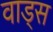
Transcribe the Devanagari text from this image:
वाड्स